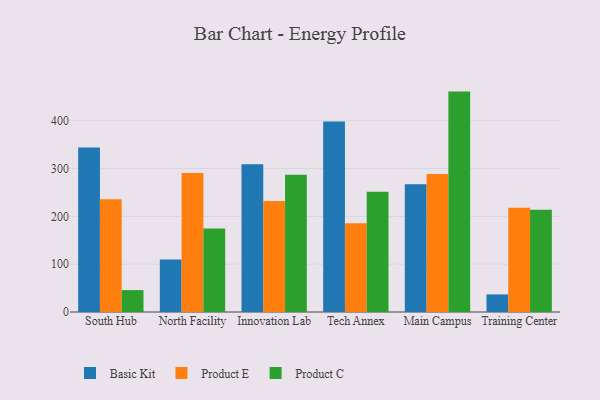
{"axis": {"x": "Campus", "y": "Energy Usage (MWh)"}, "legend": ["Basic Kit", "Product C", "Product E"], "data": [{"x": "South Hub", "y": 343.9, "type": "Basic Kit"}, {"x": "South Hub", "y": 235.6, "type": "Product E"}, {"x": "South Hub", "y": 45.8, "type": "Product C"}, {"x": "North Facility", "y": 109.8, "type": "Basic Kit"}, {"x": "North Facility", "y": 290.5, "type": "Product E"}, {"x": "North Facility", "y": 174.6, "type": "Product C"}, {"x": "Innovation Lab", "y": 308.8, "type": "Basic Kit"}, {"x": "Innovation Lab", "y": 232.2, "type": "Product E"}, {"x": "Innovation Lab", "y": 287.1, "type": "Product C"}, {"x": "Tech Annex", "y": 398.2, "type": "Basic Kit"}, {"x": "Tech Annex", "y": 185.8, "type": "Product E"}, {"x": "Tech Annex", "y": 251.4, "type": "Product C"}, {"x": "Main Campus", "y": 267.3, "type": "Basic Kit"}, {"x": "Main Campus", "y": 288.8, "type": "Product E"}, {"x": "Main Campus", "y": 460.9, "type": "Product C"}, {"x": "Training Center", "y": 36.7, "type": "Basic Kit"}, {"x": "Training Center", "y": 218.2, "type": "Product E"}, {"x": "Training Center", "y": 213.9, "type": "Product C"}]}